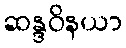
ဆန္ဒဝိနယာ